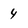
Character: 4